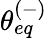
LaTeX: \theta_{eq}^{(-)}